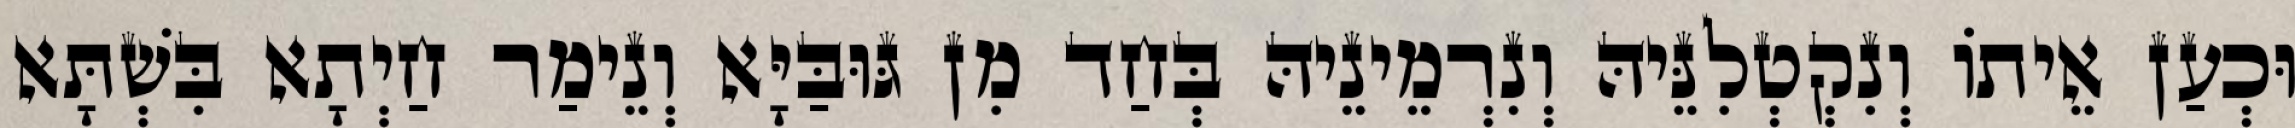
וּכְעַן אֵיתוֹ וְנִקְטְלִנֵּיהּ וְנִרְמֵינֵיהּ בְּחַד מִן גּוּבַּיָּא וְנֵימַר חַיְתָא בִּשְׁתָּא